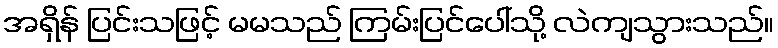
အရှိန် ပြင်းသဖြင့် မမသည် ကြမ်းပြင်ပေါ်သို့ လဲကျသွားသည်။